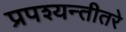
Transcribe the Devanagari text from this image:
प्रपश्यन्तीतरे